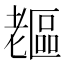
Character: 𦓇